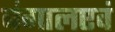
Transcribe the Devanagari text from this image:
बंगालएवं